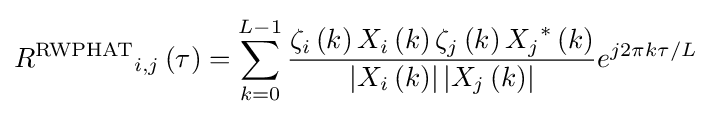
{{R}^{\text{RWPHAT}}}_{i,j}\left(\tau \right)=\sum _{k=0}^{L-1}{\frac {{\zeta }_{i}\left(k\right){X}_{i}\left(k\right){\zeta }_{j}\left(k\right){{X}_{j}}^{*}\left(k\right)}{\left|{X}_{i}\left(k\right)\right|\left|{X}_{j}\left(k\right)\right|}}{e}^{j2\pi k\tau /L}